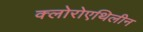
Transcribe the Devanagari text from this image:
क्लोरोएथिलीन